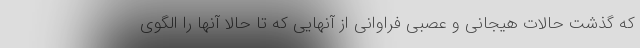
که گذشت حالات هیجانی و عصبی فراوانی از آنهایی که تا حالا آنها را الگوی